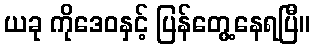
ယခု ကိုဒေဝနှင့် ပြန်တွေ့နေရပြီ။